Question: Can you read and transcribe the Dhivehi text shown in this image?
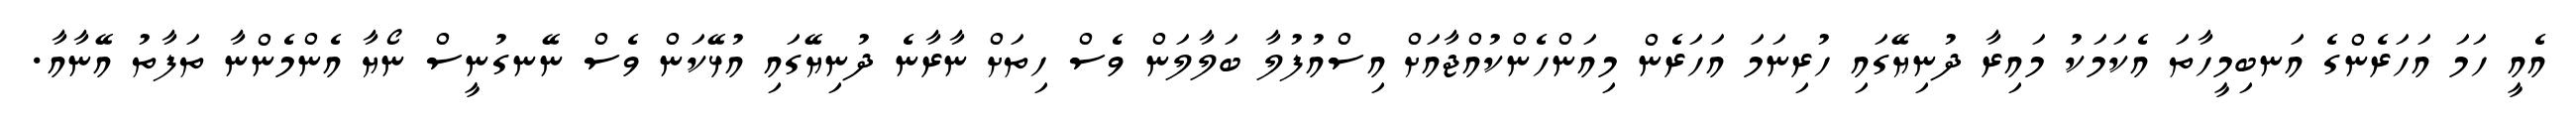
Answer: އެއީ ހަމަ އަހަރެންގެ އަނބިމީހާތަ އެކަމަކު މައިރާ ދުނިޔޭގައި ހުރިނަމަ އަހަރެން މިއަންހެންކުއްޖާއަށް އިސްއުފުލާ ބަލާލަން ވެސް ހިތަށް ނާރާނެ ދުނިޔޭގައި އުޅޭކަން ވެސް ނޭނގުނީސް ނޯޔާ އެންމެންނާ ތަފާތު އޭނާއާ.